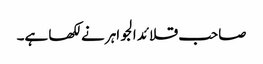
صاحب قلائد الجواہر نے لکھا ہے۔